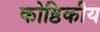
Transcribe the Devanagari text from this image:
कोष्ठिकीय